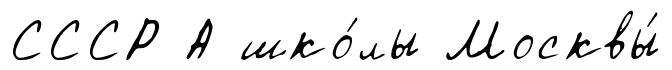
СССР А шко́лы Москвы́